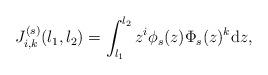
LaTeX: \begin{align*}J_{i,k}^{(s)}(l_1,l_2)&=\int_{l_1}^{l_2} z^i \phi_s(z)\Phi_s(z)^k \mathrm{d}z,\end{align*}